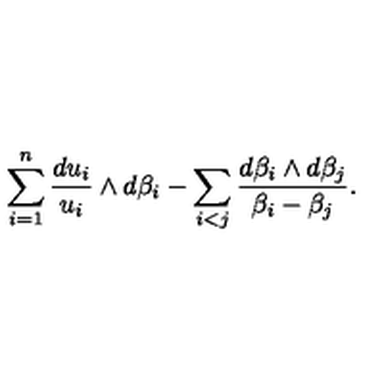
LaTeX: \sum _ { i = 1 } ^ { n } \frac { d u _ { i } } { u _ { i } } \wedge d \beta _ { i } - \sum _ { i < j } \frac { d \beta _ { i } \wedge d \beta _ { j } } { \beta _ { i } - \beta _ { j } } .